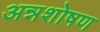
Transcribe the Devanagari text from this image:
अन्नशोषण